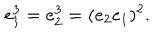
LaTeX: e _ { 1 } ^ { 3 } = e _ { 2 } ^ { 3 } = ( e _ { 2 } e _ { 1 } ) ^ { 2 } .